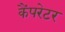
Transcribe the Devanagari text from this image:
कैंपरेटर